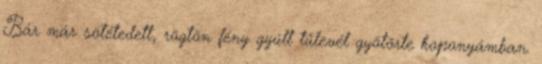
Bár már sötétedett, rögtön fény gyúlt tűlevél gyötörte koponyámban.